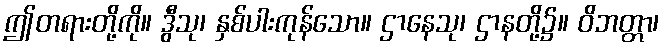
ဤတရားတို့ကို။ ဒွီသု၊ နှစ်ပါးကုန်သော။ ဌာနေသု၊ ဌာနတို့၌။ ဝိဘတ္တာ၊